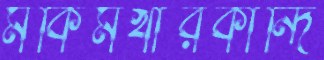
মকিমখাঁরকান্দি